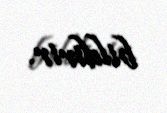
bildirir.